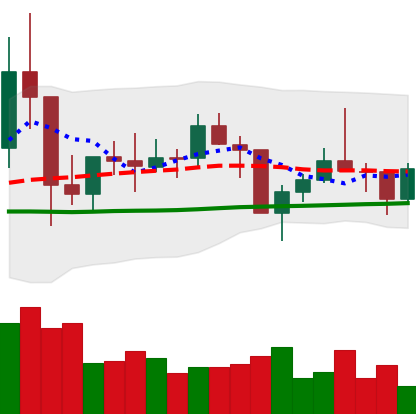
Ticker: TRX-USD
Chart end date: 2021-01-28
Forward return: 11.822%
Label: up_7plus